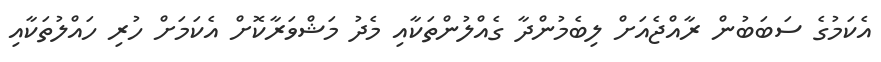
އެކަމުގެ ސަބަބުން ރާއްޖެއަށް ލިބެމުންދާ ގެއްލުންތަކާއި މެދު މަޝްވަރާކޮށް އެކަމަށް ހުރި ހައްލުތަކާއި